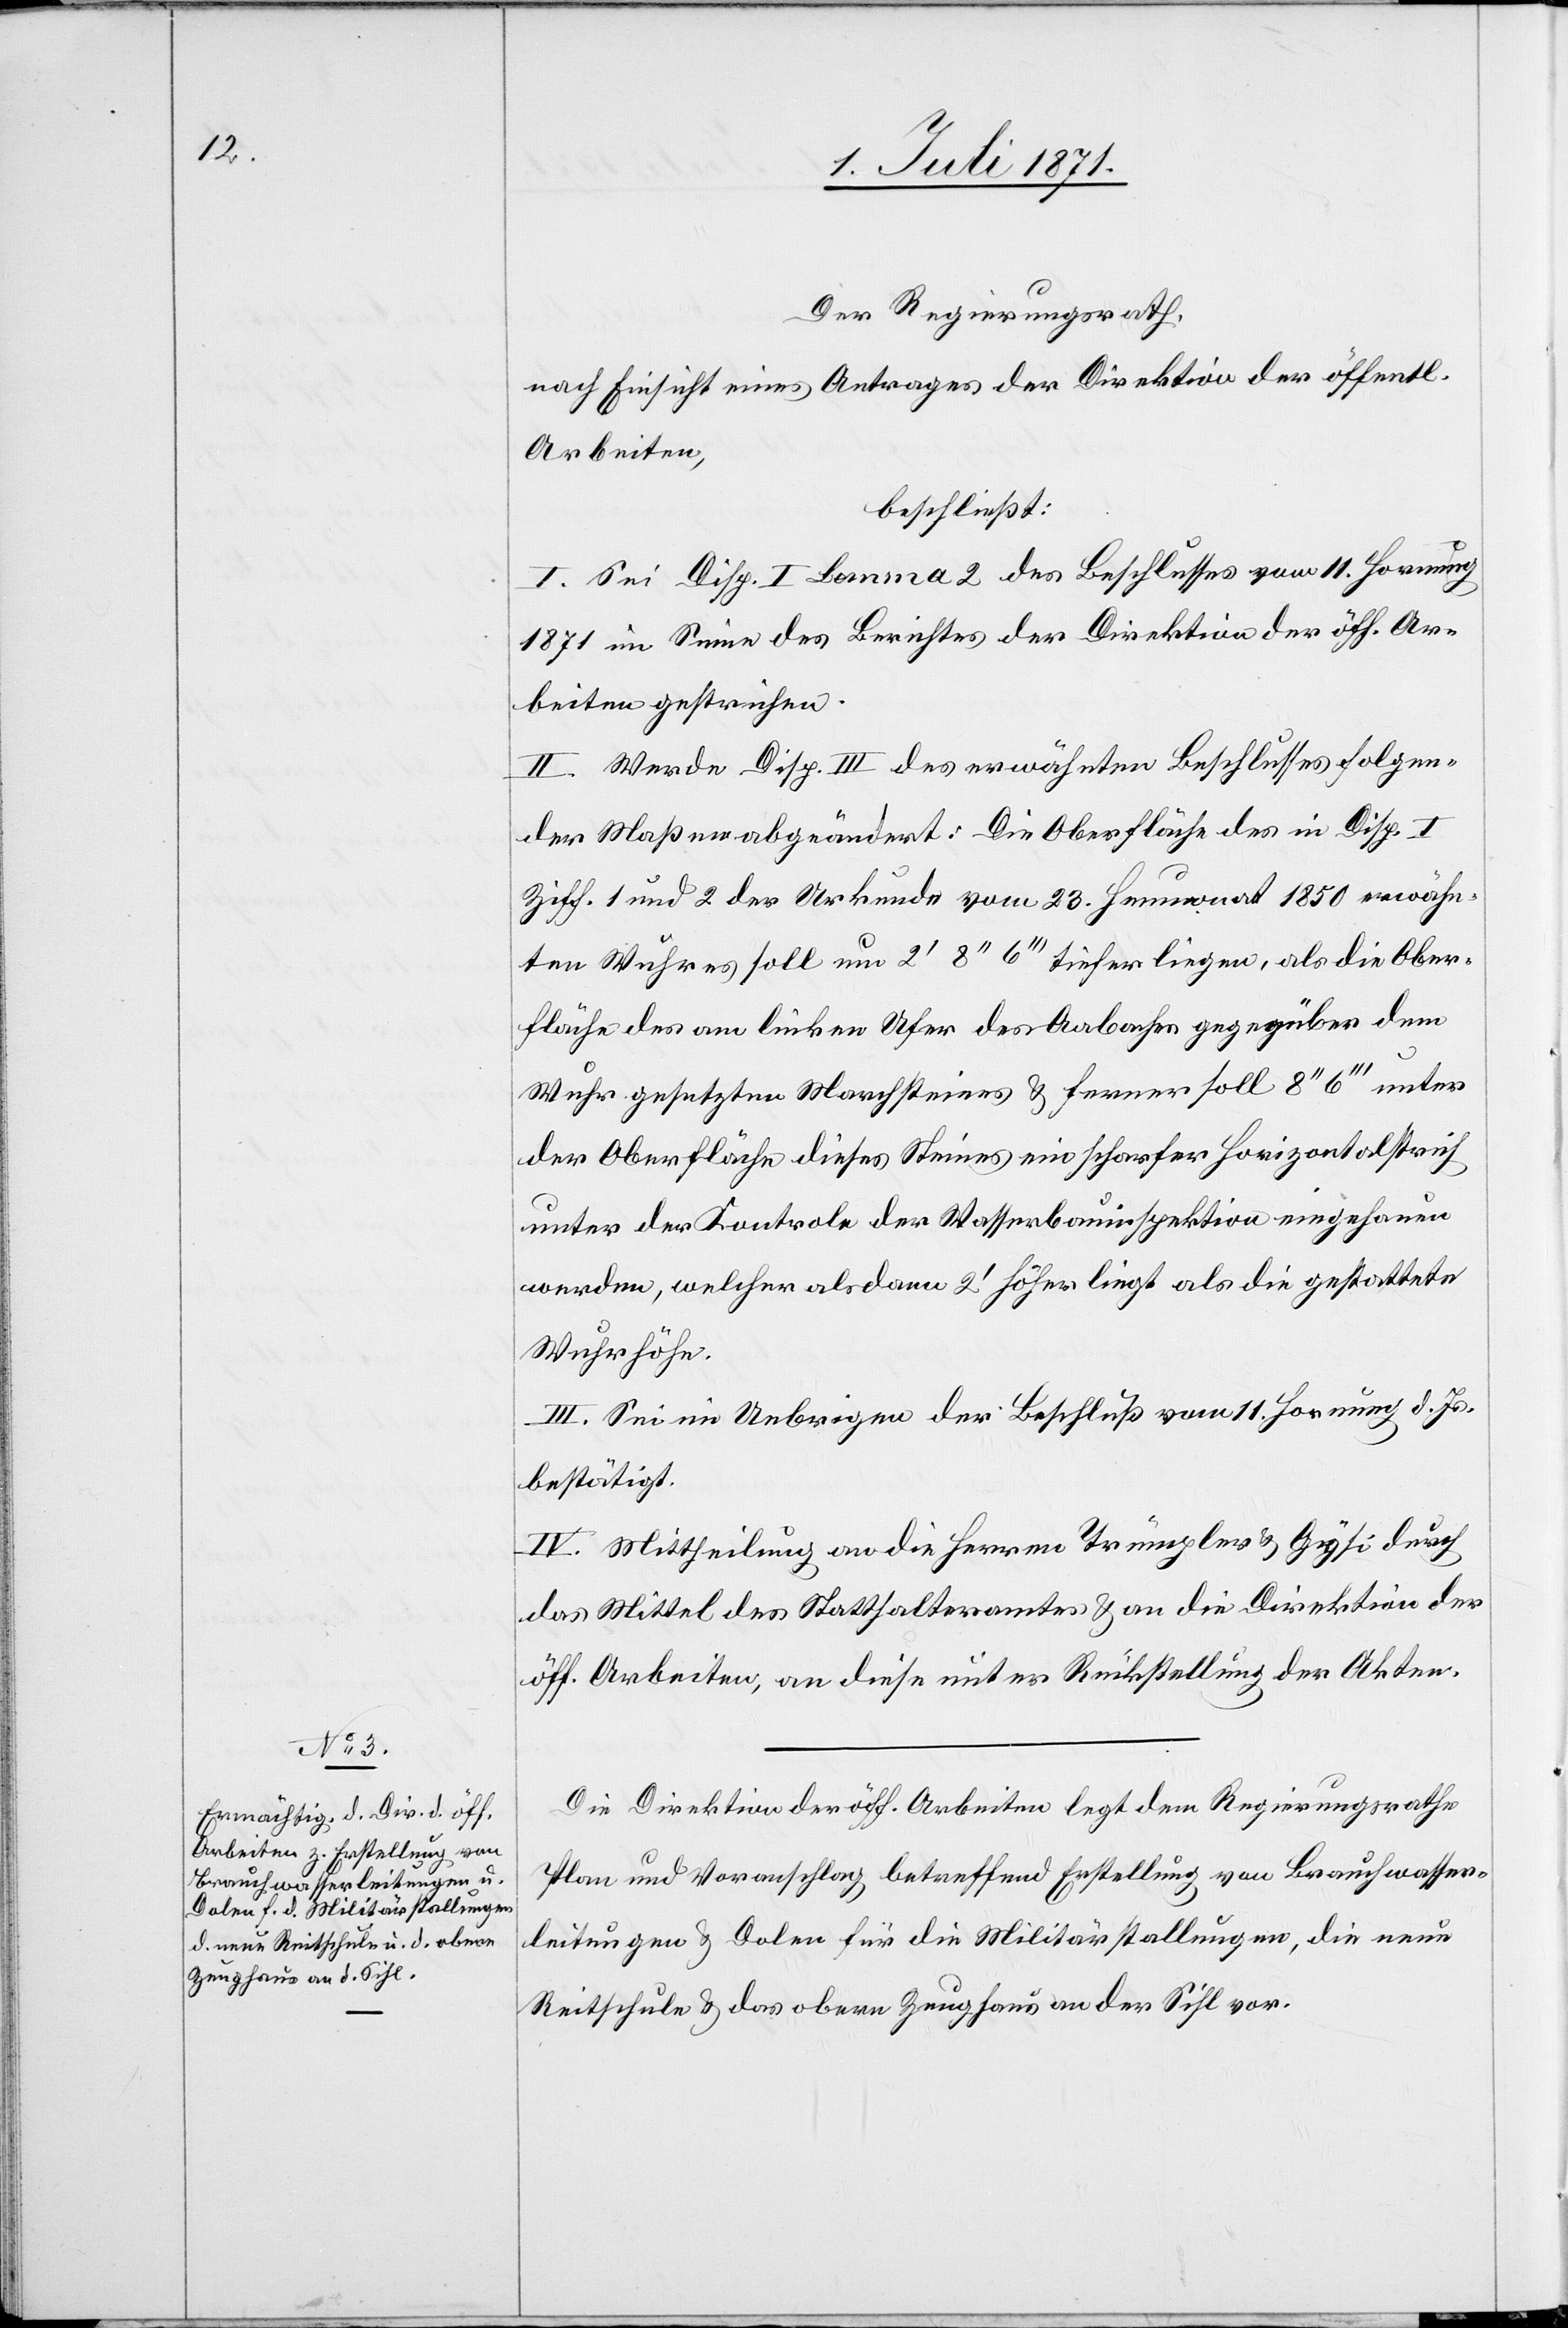
Der Regierungsrath,
nach Einsicht eines Antrages der Direktion der öffentl.
Arbeiten,
beschließt:
I. Sei Disp. I Lemma 2 des Beschlusse vom 11. Hornung
1871 im Sinne des Berichtes der Direktion der öff. Ar¬
beiten gestrichen.
II. Werde Disp. III des erwähnten Beschlusses folgen¬
der Maßen abgeändert: Die Oberfläche des in Disp. I
Ziff. I und 2 der Urkunde vom 23. Heumonat 1850 erwähn¬
ten Wuhres soll um 2‘ 8“ 6“‘ tiefer liegen, als die Ober¬
fläche des am linken Ufer des Aabaches gegenüber dem
Wuhr gesetzten Marchsteines u. ferner soll 8“ 6“‘ unter
der Oberfläche dieses Steines ein scharfer Horizontalstrich
unter der Kontrole der Wasserbauinspektion eingehauen
werden, welcher alsdann 2‘ höher liegt als die gestattete
Wuhrhöhe.
III. Sei im Uebrigen der Beschluß vom 11. Hornung d. Js.
bestätigt.
IV. Mittheilung an die Herren Trümpler u. Gysi durch
das Mittel des Statthalteramtes u. an die Direktion der
öff. Arbeiten, an diese unter Rückstellung der Akten.
Die Direktion der öff. Arbeiten legt dem Regierungsrathe
Plan und Voranschlag betreffend Erstellung von Brauchwasser¬
leitungen u. Dolen für die Militärstallungen, die neue
Reitschule u. das obere Zeughaus an der Sihl vor.